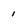
Character: 1